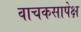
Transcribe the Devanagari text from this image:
वाचकसापेक्ष